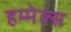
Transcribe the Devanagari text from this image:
हम्मेल्स